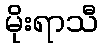
မိုးရာသီ